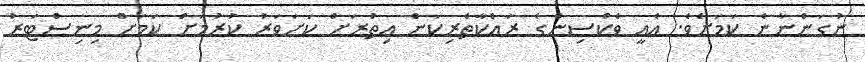
ނުގަންނާނެ ކަމަށެވެ. އެއީ ވެކްސިންގެ ރައްކާތެރިކަން އިތުރަށް ކަށަވަރު ކުރުމަށް ކަމަށް މިނިސްޓަރު